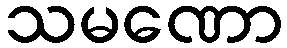
သမဏော